Annual administration report of the Civil Veterinary Department of India - 1895-1896
Year: 1895
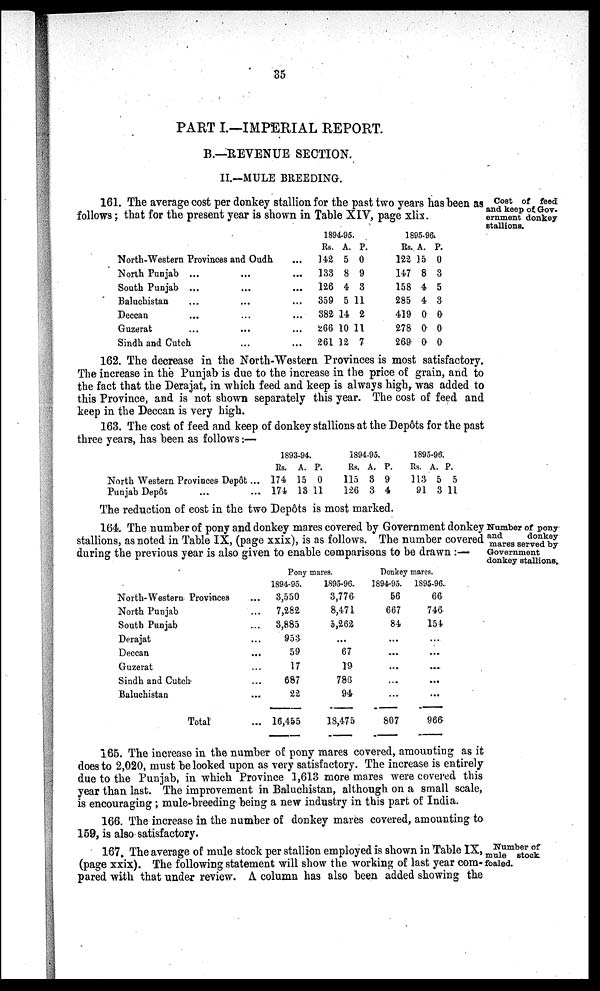
35
PART I.—IMPERIAL REPORT.
B.—REVENUE SECTION.
II.—MULE BREEDING.
Cost of feed
and keep of, Gov-
ernment donkey
stallions.
161. The average cost per donkey stallion for the past two years has been as
follows; that for the present year is shown in Table XIV, page xlix.
North-Western Provinces and Oudh ...
North Punjab ... ... ...
South Punjab ... ... ...
Baluchistan ... ... ...
Deccan ... ... ...
Guzerat ... ... ...
Sindh and Cutch ... ...
1894-95.
Rs.
142
133
126
359
382
266
261
A.
5
8
4
5
14
10
12
P.
0
9
3
11
2
11
7
1895-96
Rs.
122
147
158
285
419
278
269
A.
15
8
4
4
0
0
0
P.
0
3
5
3
0
0
0
162. The decrease in the North-Western Provinces is most satisfactory.
The increase in the Punjab is due to the increase in the price of grain, and to
the fact that the Derajat, in which feed and keep is always high, was added to
this Province, and is not shown separately this year. The cost of feed and
keep in the Deccan is very high.
163. The cost of feed and keep of donkey stallions at the Depôts for the past
three years, has been as follows:—
North Western Provinces Depôt ...
Punjab Depôt ... ...
1893-94.
Rs.
174
174
A.
15
13
P.
0
11
1894-95.
Rs.
115
126
A.
3
3
P.
9
4
1895-96.
Rs.
113
91
A.
5
3
P.
5
11
The reduction of cost in the two Depots is most marked.
Number of pony
and
donkey
mares served by
Government
donkey stallions.
164. The number of pony and donkey mares covered by Government donkey
stallions, as noted in Table IX, (page xxix), is as follows. The number covered
during the previous year is also given to enable comparisons to be drawn:—
North-Western Provinces ...
North Punjab ...
South Punjab ...
Derajat ...
Deccan ...
Guzerat ...
Sindh and Cutch ...
Baluchistan ...
Total ...
Pony mares.
1894-95.
3,550
7,282
3,885
953
59
17
687
22
16,455
1895-96.
3,776
8,471
5,262
...
67
19
786
94
18,475
Donkey mares.
1894-95.
56
667
84
...
...
...
...
...
807
1895-96.
66
746
154
...
...
...
...
...
966
165. The increase in the number of pony mares covered, amounting as it
does to 2,020, must be looked upon as very satisfactory. The increase is entirely
due to the Punjab, in which Province 1,613 more mares were covered this
year than last. The improvement in Baluchistan, although on a small scale,
is encouraging ; mule-breeding being a new industry in this part of India.
166. The increase in the number of donkey mares covered, amounting to
159, is also satisfactory.
Number of
mule stock
foaled.
167. The average of mule stock per stallion employed is shown in Table IX,
(page xxix). The following statement will show the working of last year com-
pared with that under review. A column has also been added showing the